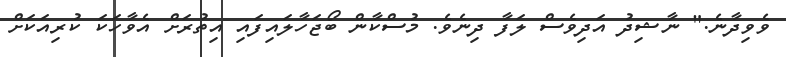
ވެވިދާނެ." ނާޝިދު އަދިވެސް ލަފާ ދިނެވެ. މުސްކާން ބޯޖަހާލައިފައި އިތުރަށް އެވާހަކަ ކުރިއަކަށް